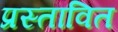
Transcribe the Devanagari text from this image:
प्रस्‍तावित